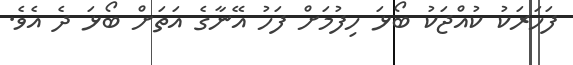
ފަހަރަކު ކުއްޖަކު ބޯޅަ ހިފުމަށް ފަހު އޭނާގެ އަތަށް ބޯޅަ ދެ އެވެ.